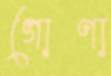
গোণা